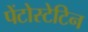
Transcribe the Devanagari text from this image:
पेंटोस्टेटिन